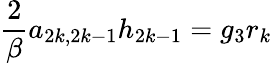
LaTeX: \frac{2}{\beta}a_{2k,2k-1}h_{2k-1}=g_{3}r_{k}